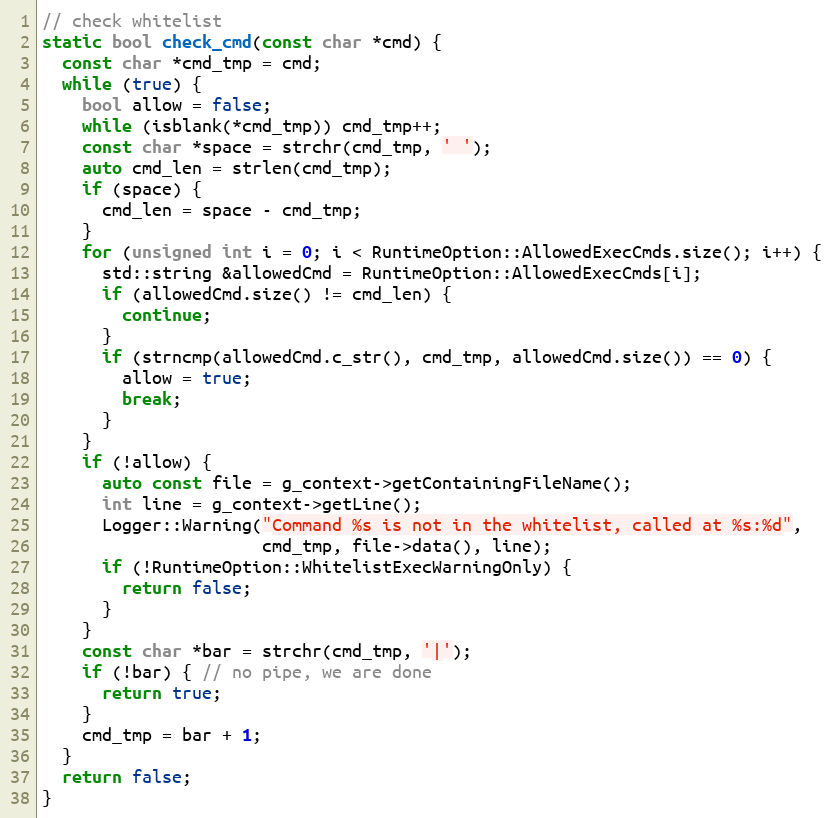
Language: C++
// check whitelist
static bool check_cmd(const char *cmd) {
  const char *cmd_tmp = cmd;
  while (true) {
    bool allow = false;
    while (isblank(*cmd_tmp)) cmd_tmp++;
    const char *space = strchr(cmd_tmp, ' ');
    auto cmd_len = strlen(cmd_tmp);
    if (space) {
      cmd_len = space - cmd_tmp;
    }
    for (unsigned int i = 0; i < RuntimeOption::AllowedExecCmds.size(); i++) {
      std::string &allowedCmd = RuntimeOption::AllowedExecCmds[i];
      if (allowedCmd.size() != cmd_len) {
        continue;
      }
      if (strncmp(allowedCmd.c_str(), cmd_tmp, allowedCmd.size()) == 0) {
        allow = true;
        break;
      }
    }
    if (!allow) {
      auto const file = g_context->getContainingFileName();
      int line = g_context->getLine();
      Logger::Warning("Command %s is not in the whitelist, called at %s:%d",
                      cmd_tmp, file->data(), line);
      if (!RuntimeOption::WhitelistExecWarningOnly) {
        return false;
      }
    }
    const char *bar = strchr(cmd_tmp, '|');
    if (!bar) { // no pipe, we are done
      return true;
    }
    cmd_tmp = bar + 1;
  }
  return false;
}